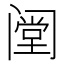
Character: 𰿺